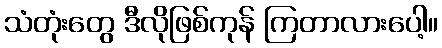
သံတုံးတွေ ဒီလိုဖြစ်ကုန် ကြတာလားပေါ့။